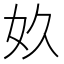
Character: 奺